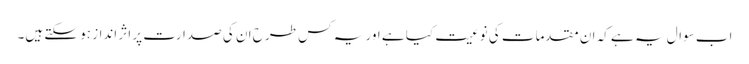
اب سوال یہ ہے کہ ان مقدمات کی نوعیت کیا ہے اور یہ کس طرح ان کی صدارت پر اثر انداز ہو سکتے ہیں۔